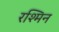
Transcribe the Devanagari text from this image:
रश्मिन